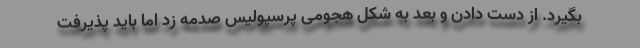
بگیرد. از دست دادن و بعد به شکل هجومی پرسپولیس صدمه زد اما باید پذیرفت